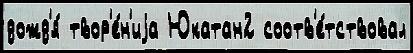
дожд'я́ твор'е́н'иjа Юкатан2 соотв'е́тствовал